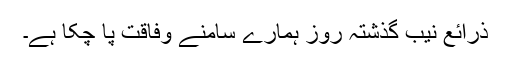
ذرائع نیب گذشتہ روز ہمارے سامنے وفاقت پا چکا ہے۔